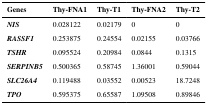
<table><thead><tr><td><b>Genes</b></td><td><b>Thy-FNA1</b></td><td><b>Thy-T1</b></td><td><b>Thy-FNA2</b></td><td><b>Thy-T2</b></td></tr></thead><tbody><tr><td><b><i>NIS</i></b></td><td>0.028122</td><td>0.02179</td><td>0</td><td>0</td></tr><tr><td><b><i>RASSF1</i></b></td><td>0.253875</td><td>0.24554</td><td>0.02155</td><td>0.03766</td></tr><tr><td><b><i>TSHR</i></b></td><td>0.095524</td><td>0.20984</td><td>0.0844</td><td>0.1315</td></tr><tr><td><b><i>SERPINB5</i></b></td><td>0.500365</td><td>0.58745</td><td>1.36001</td><td>0.59044</td></tr><tr><td><b><i>SLC26A4</i></b></td><td>0.119488</td><td>0.03552</td><td>0.00523</td><td>18.7248</td></tr><tr><td><b><i>TPO</i></b></td><td>0.595375</td><td>0.65587</td><td>1.09508</td><td>0.89846</td></tr></tbody></table>